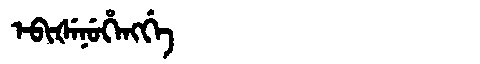
Manchu: ᡝᠪᡳᡧᡝᠨᡠᡥᡝᠩᡤᡝ
Romanization: EBIŠENUHENGGE